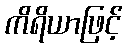
ကိရိယာဖြင့်